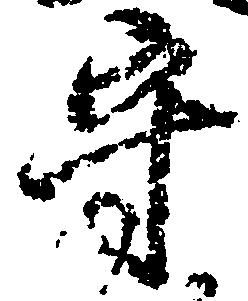
守